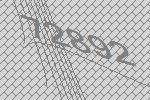
72892